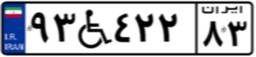
۹۳W۴۲۲۸۳